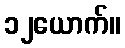
၁၂ယောက်။